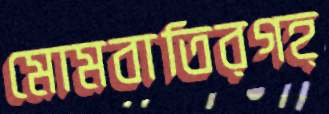
মোমবাতিরগহ্